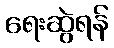
ရေးဆွဲရန်